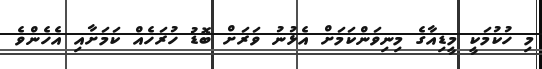
މި ހުކުމަކީ މީޑިއާގެ މިނިވަންކަމަށް އެޅުނު ވަރަށް ބޮޑު ހުރަހެއް ކަމަށާއި އެހެންވެ